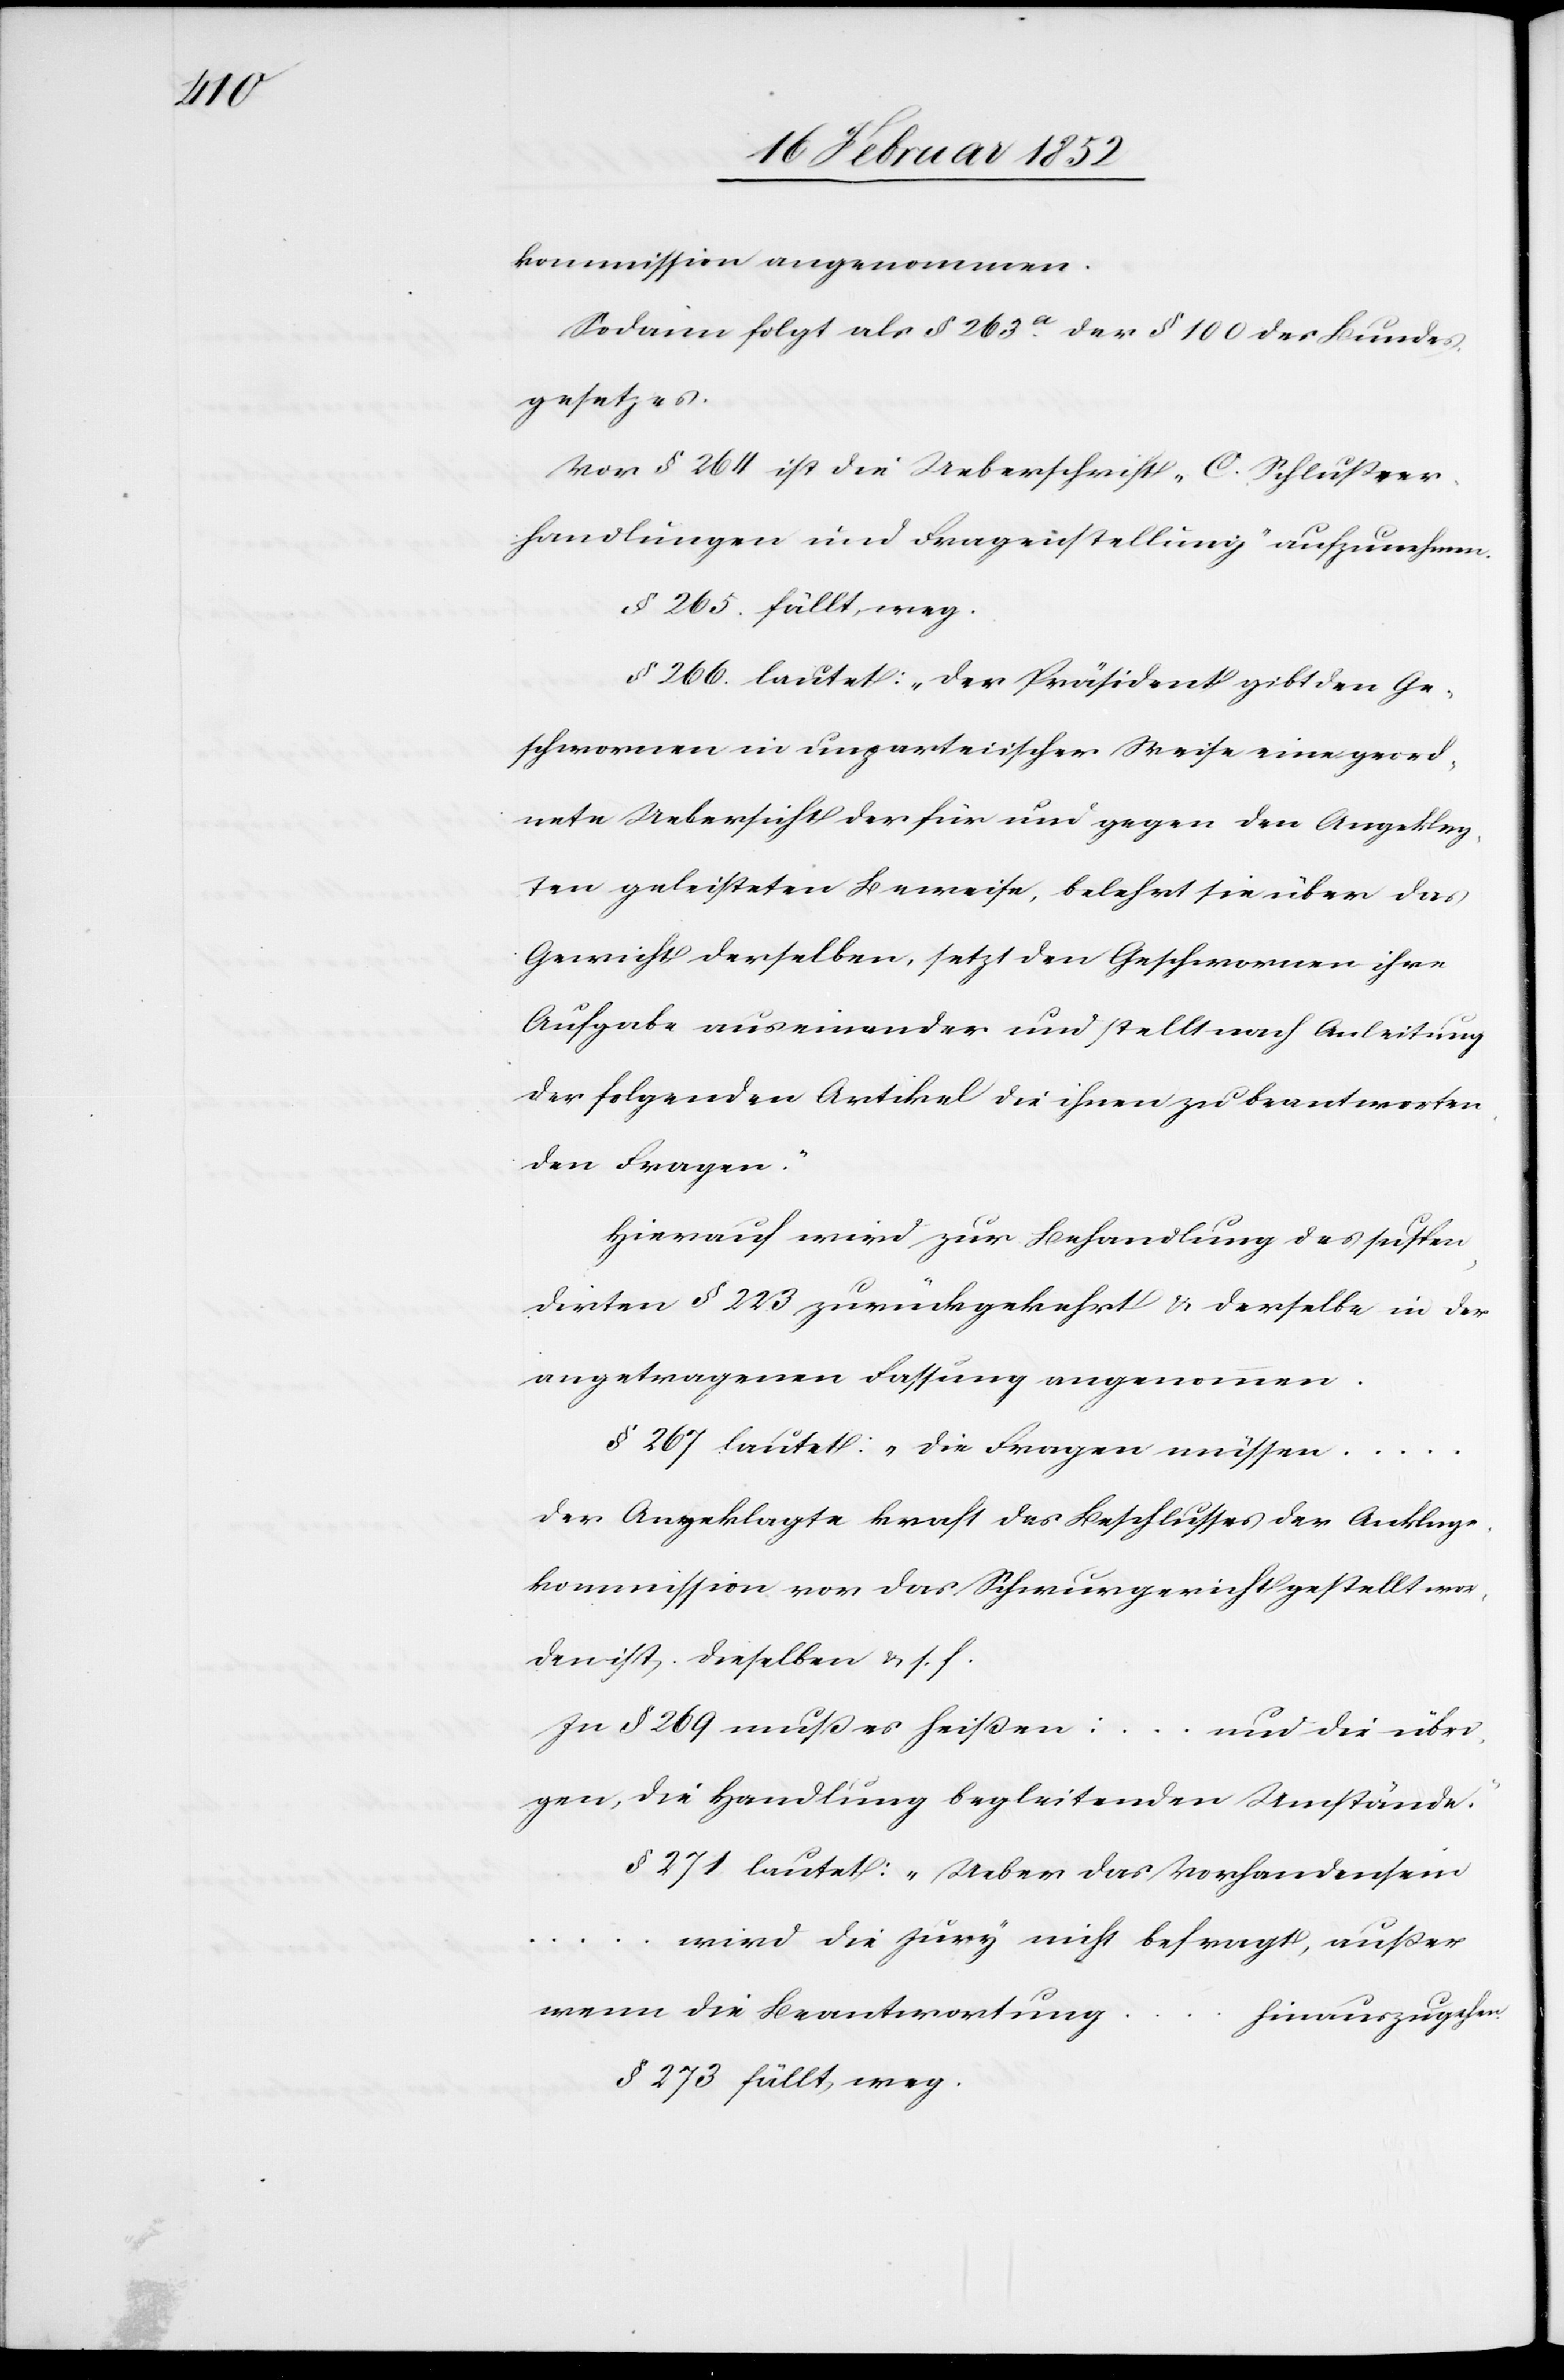
n.[“]

kommission angenommen.
Sodann folgt als § 263a der § 100 des Bundes¬
gesetzes.
Vor § 264 ist die Ueberschrift „C. Schlußver¬
handlungen und Fragenstellung“ aufzunehmen.
§ 265. fällt weg.
§ 266. lautet: „Der Präsident gibt den Ge¬
schwornen in unparteiischer Weise eine geord¬
nete Uebersicht der für und gegen den Angeklag¬
ten geleisteten Beweise, belehrt sie über das
Gewicht derselben, setzt den Geschworenen ihre
Aufgabe auseinander und stellt nach Anleitung
der folgenden Artikel die ihnen zu beantworten¬
den Fragen.“
Hierauf wird zur Behandlung des suspen¬
dirten § 223 zurückgekehrt u. derselbe in der
angetragenen Fassung angenommen.
§ 267 lautet: „Die Fragen müssen ...
der Angeklagte kraft des Beschlusses der Anklage¬
kommission vor das Schwurgerichts gestellt wor¬
den ist, dieselben[“] u. s. f.
In § 269 muß es heißen:
und die übri¬
gen, die Handlung begleitenden Umstände.“
§ 271 lautet: „Ueber das Vorhandensein
wird die Jury nicht befragt, außer
wenn die Beantwortung
hinauszugehe¬
§ 273 fällt weg.